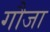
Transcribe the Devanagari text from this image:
गौजा